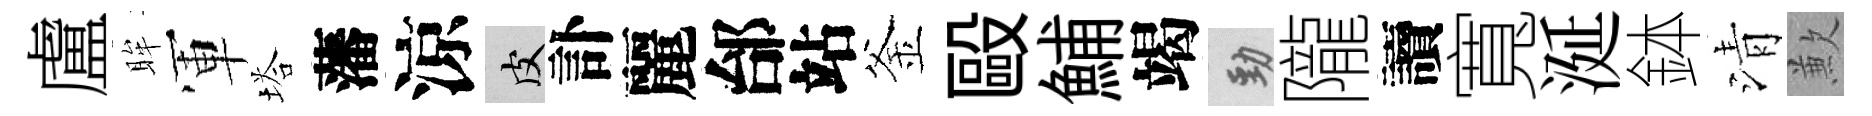
盧眸軍塔藩涼皮訃麗邰站釜毆鯆竭勁隴讀寬涎鉢清歉